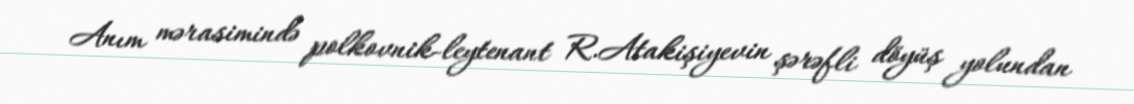
Anım mərasimində polkovnik-leytenant R.Atakişiyevin şərəfli döyüş yolundan